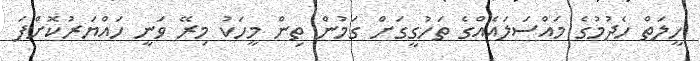
ހީލަތް ހެދުމުގެ މައްސަލައެއްގެ ތަހުގީގަށް ގަމުން ތިން މީހަކު މިރޭ ވަނީ ހައްޔަރުކޮށްފަ